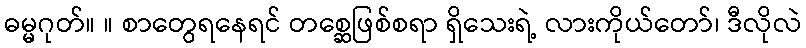
ဓမ္မဂုတ်။ ။ စာတွေရနေရင် တစ္ဆေဖြစ်စရာ ရှိသေးရဲ့ လားကိုယ်တော်၊ ဒီလိုလဲ